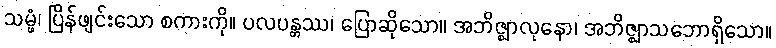
သမ္ဖံ၊ ပြိန်ဖျင်းသော စကားကို။ ပလပန္တဿ၊ ပြောဆိုသော။ အဘိဇ္ဈာလုနော၊ အဘိဇ္ဈာသဘောရှိသော။